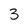
Character: 3